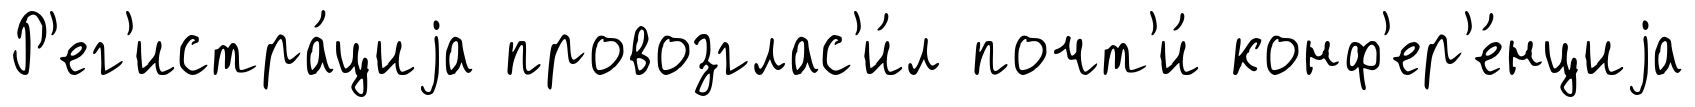
Р'ег'истра́циjа провозглас'и́л почт'и́ конф'ер'е́нциjа